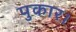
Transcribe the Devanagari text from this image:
पुकार।